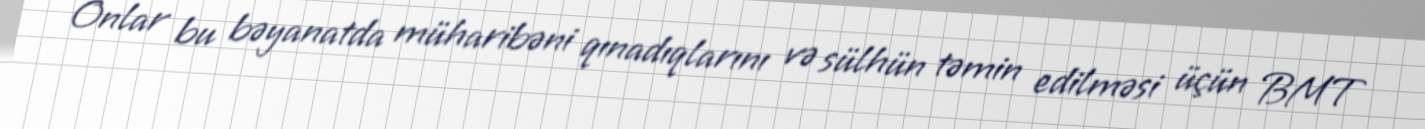
Onlar bu bəyanatda müharibəni qınadıqlarını və sülhün təmin edilməsi üçün BMT